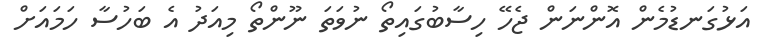
އަޅުގަނޑުމެން އޮންނަން ޖެހޭ ހިސާބުގައިތޯ ނުވަތަ ނޫންތޯ މިއަދު އެ ބަހުސާ ހަމައަށް